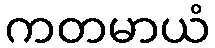
ကတမာယံ